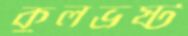
কুলভ্রষ্ট